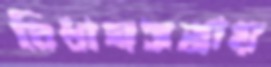
বিধানসভায়